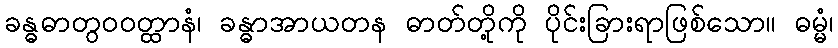
ခန္ဓဓာတွဝဝတ္ထာနံ၊ ခန္ဓာအာယတန ဓာတ်တို့ကို ပိုင်းခြားရာဖြစ်သော။ ဓမ္မံ၊